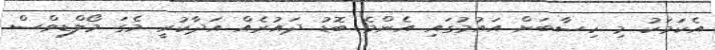
އެކަމަކު މި ހިސާބަށް އައުމުގައި އެންމެ ބޮޑު ދައުރެއް އަދާކުރީ މެގަ މޯލްޑިވްސް